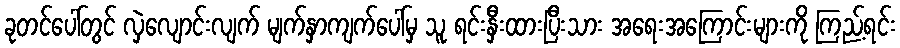
ခုတင်ပေါ်တွင် လှဲလျောင်းလျက် မျက်နှာကျက်ပေါ်မှ သူ ရင်းနှီးထားပြီးသား အရေးအကြောင်းများကို ကြည့်ရင်း